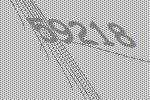
59218